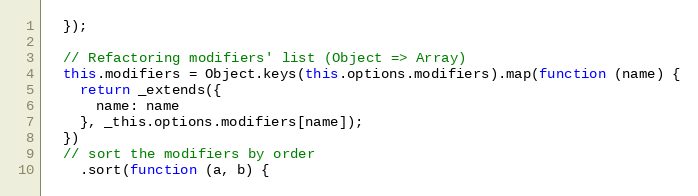
Language: JavaScript
  });

  // Refactoring modifiers' list (Object => Array)
  this.modifiers = Object.keys(this.options.modifiers).map(function (name) {
    return _extends({
      name: name
    }, _this.options.modifiers[name]);
  })
  // sort the modifiers by order
    .sort(function (a, b) {